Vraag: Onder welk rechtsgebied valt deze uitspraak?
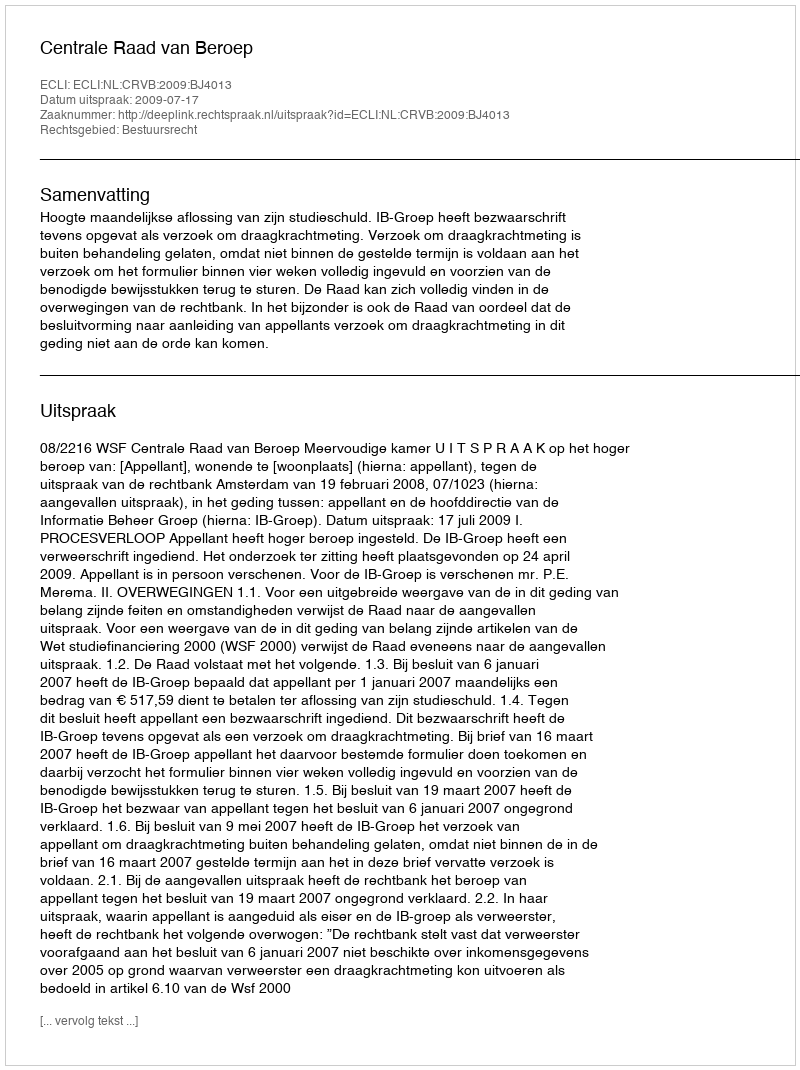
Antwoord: Bestuursrecht